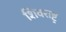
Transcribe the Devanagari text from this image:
शिवराष्ट्र